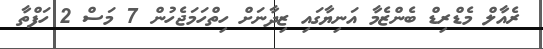
ރެއާލް މެޑްރިޑް ބެންޒެމާ އަނިޔާގައި ޒިދާނަށް ހިތްހަމަޖެހުން 7 މަސް 2 ހަފްތާ